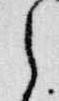
之